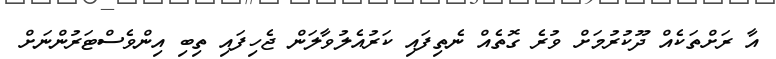
އާ ރަށްތަކެއް ދޫކުރުމަށް ވުރެ ގޮތެއް ނެތިފައި ކަރުއެލުވާލަން ޖެހިފައި ތިބި އިންވެސްޓަރުންނަށް